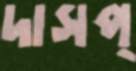
দাসপ্